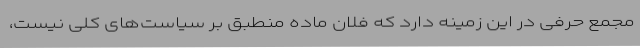
مجمع حرفی در این زمینه دارد که فلان ماده منطبق بر سیاست‌های کلی نیست،